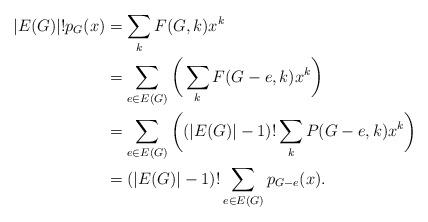
LaTeX: \begin{align*}|E(G)|!p_G(x)&=\sum_kF(G,k)x^k\\&=\sum_{e\in E(G)}\bigg(\sum_kF(G-e,k)x^k\bigg)\\&=\sum_{e\in E(G)}\bigg((|E(G)|-1)!\sum_kP(G-e,k)x^k\bigg)\\&=(|E(G)|-1)!\sum_{e\in E(G)}p_{G-e}(x).\end{align*}